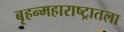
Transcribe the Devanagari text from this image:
बृहन्महाराष्ट्रातला